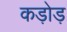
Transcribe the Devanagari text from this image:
कड़ोड़